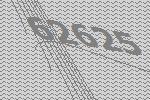
62625